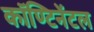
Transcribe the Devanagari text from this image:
कॉण्टिनेंटल